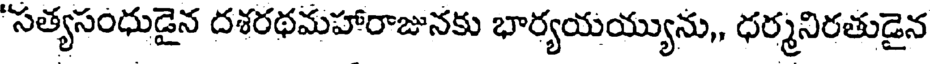
'సత్యసంధుడైన దశరథమహారాజునకు భార్యయయ్యును,, ధర్మనిరతుడైన